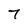
Character: 7